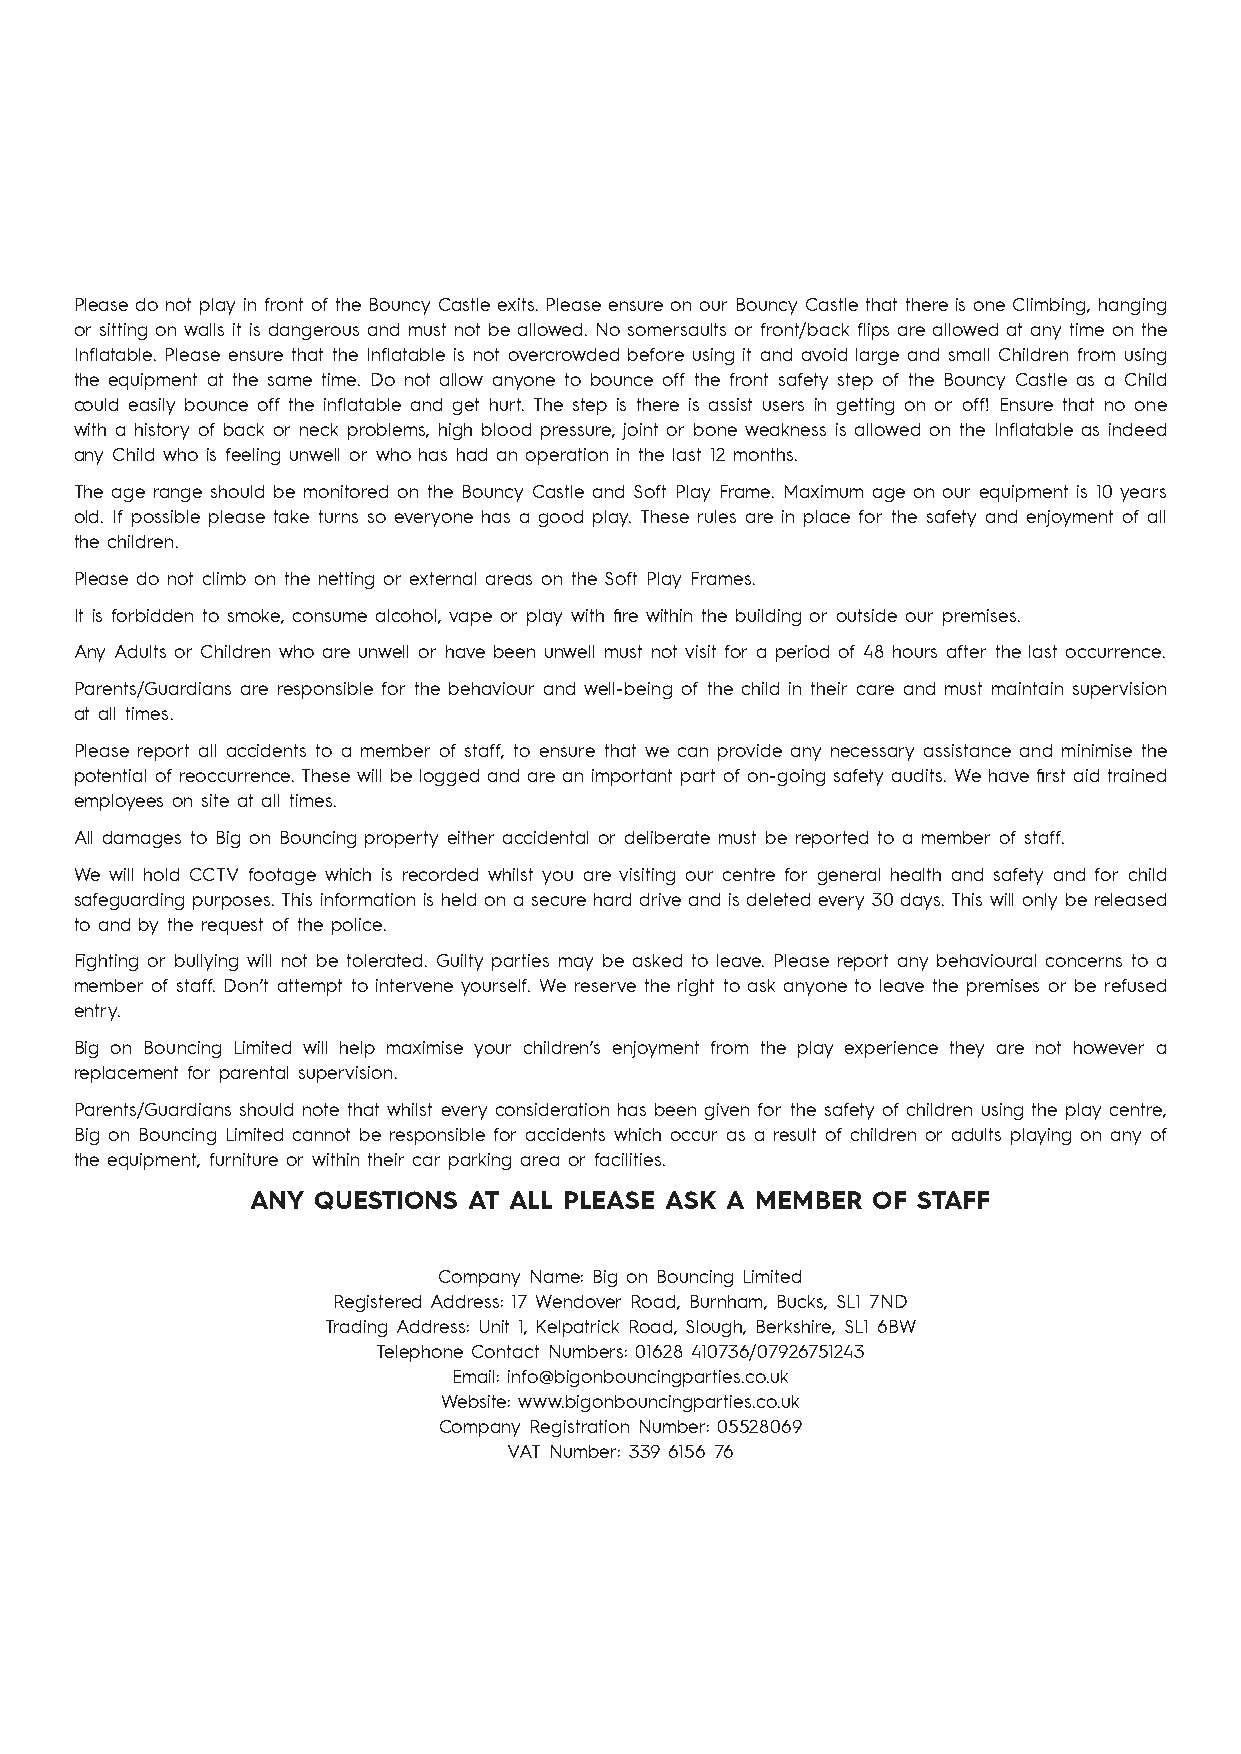
Please do not play in front of the Bouncy Castle exits. Please ensure on our Bouncy Castle that there is one Climbing, hanging
 or sitting on walls it is dangerous and must not be allowed. No somersaults or front/back flips are allowed at any time on the
 Inflatable. Please ensure that the Inflatable is not overcrowded before using it and avoid large and small Children from using
 the equipment at the same time. Do not allow anyone to bounce off the front safety step of the Bouncy Castle as a Child
 could easily bounce off the inflatable and get hurt. The step is there is assist users in getting on or off! Ensure that no one
 with a history of back or neck problems, high blood pressure, joint or bone weakness is allowed on the Inflatable as indeed
 any Child who is feeling unwell or who has had an operation in the last 12 months.
 The age range should be monitored on the Bouncy Castle and Soft Play Frame. Maximum age on our equipment is 10 years
 old. If possible please take turns so everyone has a good play. These rules are in place for the safety and enjoyment of all
 the children.
 Please do not climb on the netting or external areas on the Soft Play Frames.
 It is forbidden to smoke, consume alcohol, vape or play with fire within the building or outside our premises.
 Any Adults or Children who are unwell or have been unwell must not visit for a period of 48 hours after the last occurrence.
 Parents/Guardians are responsible for the behaviour and well-being of the child in their care and must maintain supervision
 at all times.
 Please report all accidents to a member of staff, to ensure that we can provide any necessary assistance and minimise the
 potential of reoccurrence. These will be logged and are an important part of on-going safety audits. We have first aid trained
 employees on site at all times.
 All damages to Big on Bouncing property either accidental or deliberate must be reported to a member of staff.
 We will hold CCTV footage which is recorded whilst you are visiting our centre for general health and safety and for child
 safeguarding purposes. This information is held on a secure hard drive and is deleted every 30 days. This will only be released
 to and by the request of the police.
 Fighting or bullying will not be tolerated. Guilty parties may be asked to leave. Please report any behavioural concerns to a
 member of staff. Don’t attempt to intervene yourself. We reserve the right to ask anyone to leave the premises or be refused
 entry.
 Big on Bouncing Limited will help maximise your children’s enjoyment from the play experience they are not however a
 replacement for parental supervision.
 Parents/Guardians should note that whilst every consideration has been given for the safety of children using the play centre,
 Big on Bouncing Limited cannot be responsible for accidents which occur as a result of children or adults playing on any of
 the equipment, furniture or within their car parking area or facilities.
 ANY QUESTIONS AT ALL PLEASE ASK A MEMBER OF STAFF
 Company Name: Big on Bouncing Limited
 Registered Address: 17 Wendover Road, Burnham, Bucks, SL1 7ND
 Trading Address: Unit 1, Kelpatrick Road, Slough, Berkshire, SL1 6BW
 Telephone Contact Numbers: 01628 410736/07926751243
 Email: info@bigonbouncingparties.co.uk
 Website: www.bigonbouncingparties.co.uk
 Company Registration Number: 05528069
 VAT Number: 339 6156 76